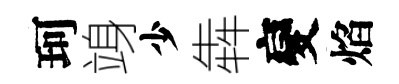
珂竧少犇變焰